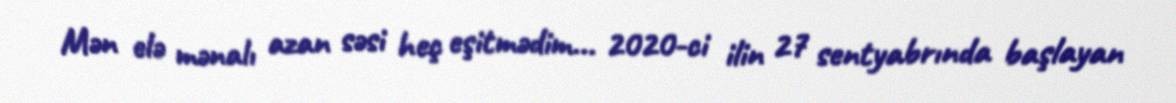
Mən elə mənalı azan səsi heç eşitmədim... 2020-ci ilin 27 sentyabrında başlayan